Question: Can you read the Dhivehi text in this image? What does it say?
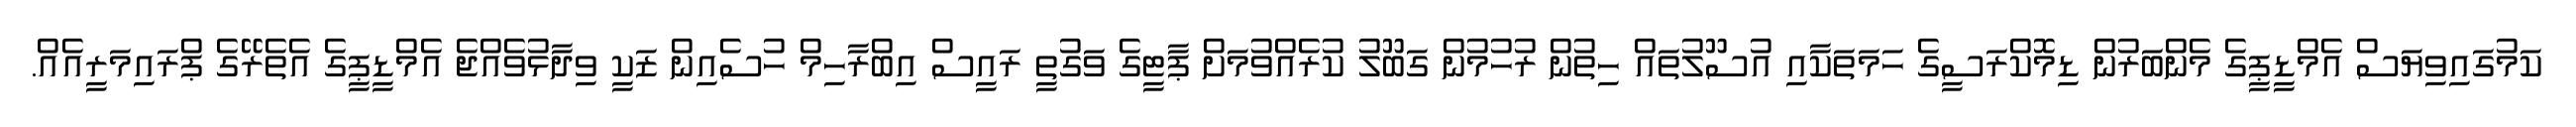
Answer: ކަމުގައިވިޔަސް އެމްޑީޕީގެ މެންބަރުން ޑިމޮކްރަސީގެ ހަމަތަކާއި އުސޫލުތައް ހިތުން ރުހުމުން ގަބޫލު ކުރެއްވުމަށް ޕާޓީގެ ވަގުތީ ރައީސް އިބްރާހިމް ހުސެއިން ޒަކީ ވިދާޅުވެއްޖެ އެމްޑީޕީގެ އެތެރޭގެ ޕްރައިމަރީއެއް.